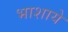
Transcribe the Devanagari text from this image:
भाशाये